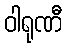
ဝါရုဏီ